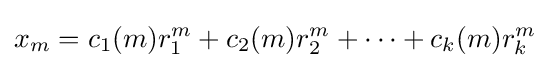
x_{m}=c_{1}(m)r_{1}^{m}+c_{2}(m)r_{2}^{m}+\dots +c_{k}(m)r_{k}^{m}